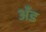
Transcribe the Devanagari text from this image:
अँड